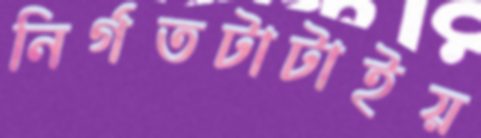
নির্গতটাটাইয়